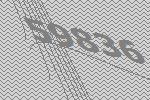
59836